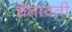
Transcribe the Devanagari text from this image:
चेतावती